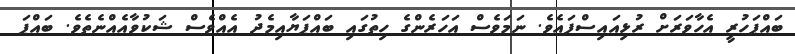
ބައްޕަހުރީ އެހާވަރަށް ރުޅިއައިސްފައެވެ. ނަމަވެސް އަހަރެންގެ ހިތުގައި ބައްޕަޔާއިމެދު އެއްވެސް ޝަކުވާއެއްނެތެވެ. ބައްޕަ